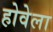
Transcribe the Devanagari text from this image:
होवेला